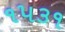
૧૫૩૧